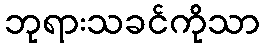
ဘုရားသခင်ကိုသာ